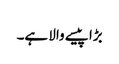
بڑا پیسے والا ہے۔